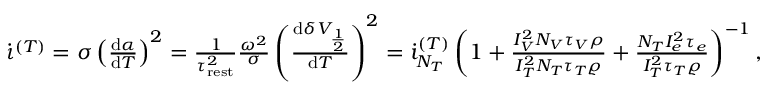
\begin{array} { r } { \dot { \iota } ^ { ( T ) } = \sigma \left( \frac { \mathrm { d } \alpha } { \mathrm { d } T } \right) ^ { 2 } = \frac { 1 } { \tau _ { \mathrm { r e s t } } ^ { 2 } } \frac { \omega ^ { 2 } } { \sigma } \left( \frac { \mathrm { d } \delta V _ { \frac { 1 } { 2 } } } { \mathrm { d } T } \right) ^ { 2 } = \dot { \i } _ { N _ { T } } ^ { ( T ) } \left( 1 + \frac { I _ { V } ^ { 2 } N _ { V } \tau _ { V } \rho } { I _ { T } ^ { 2 } N _ { T } \tau _ { T } \varrho } + \frac { N _ { T } I _ { e } ^ { 2 } \tau _ { e } } { I _ { T } ^ { 2 } \tau _ { T } \varrho } \right) ^ { - 1 } , } \end{array}